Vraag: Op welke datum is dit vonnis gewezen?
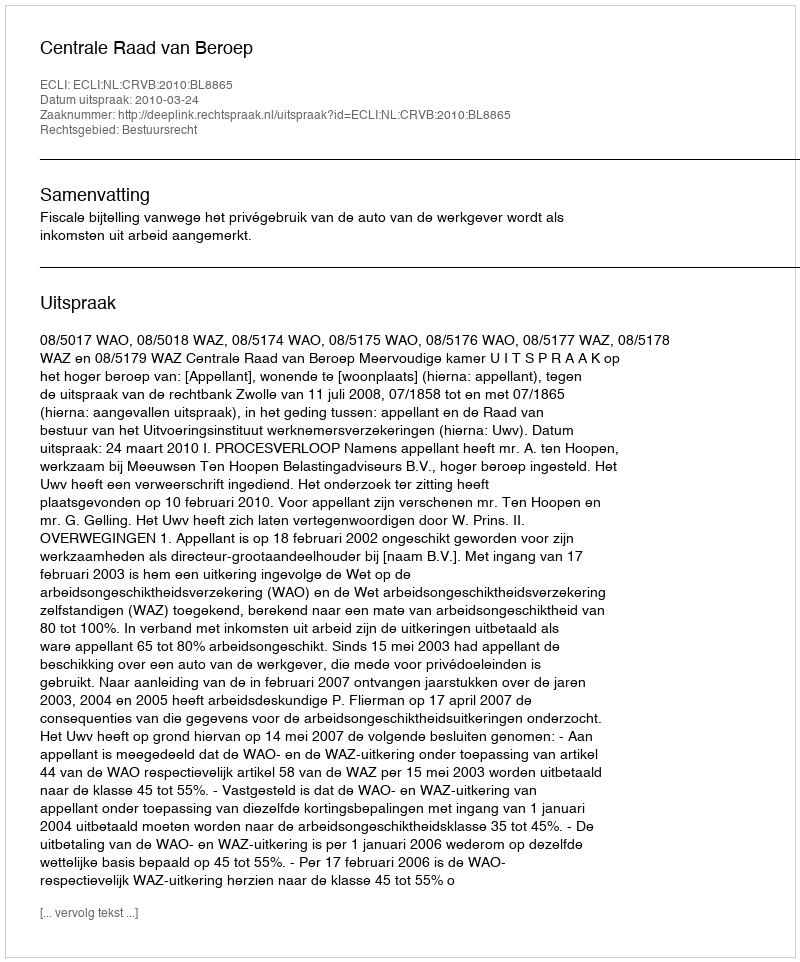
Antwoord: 2010-03-24